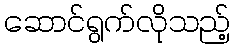
ဆောင်ရွက်လိုသည့်